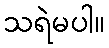
သရဲမပါ။